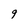
Character: 9